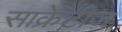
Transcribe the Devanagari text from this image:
साक्रेटीज़